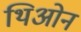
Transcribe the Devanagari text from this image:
थिओन